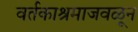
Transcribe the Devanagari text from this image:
वर्तकाश्रमाजवळून